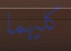
كليهما